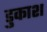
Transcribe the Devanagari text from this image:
डुकाश